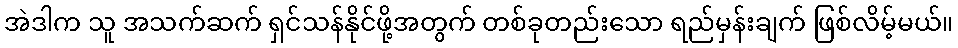
အဲဒါက သူ အသက်ဆက် ရှင်သန်နိုင်ဖို့အတွက် တစ်ခုတည်းသော ရည်မှန်းချက် ဖြစ်လိမ့်မယ်။